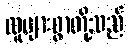
လူများစွာတို့သည်